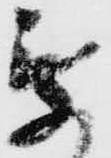
乗